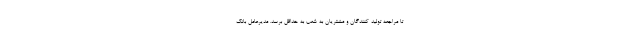
تا مراجعه تولید کنندگان و مشتریان به شعب به حداقل برسد. مدیرعامل بانک